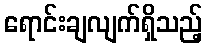
ရောင်းချလျက်ရှိသည့်